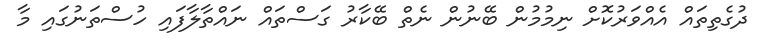
ދުގެތިތައް އެއްވަރުކޮށް ނިމުމުން ބޭނުން ނެތް ބޭކާރު ގަސްތައް ނައްތާލާފައި ހުސްތަނުގައި މާ